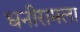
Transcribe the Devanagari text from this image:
धनीरामला